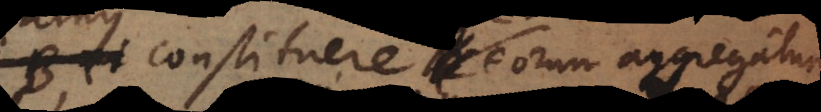
constituere C, eorum aggregatum